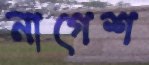
নাগেশ